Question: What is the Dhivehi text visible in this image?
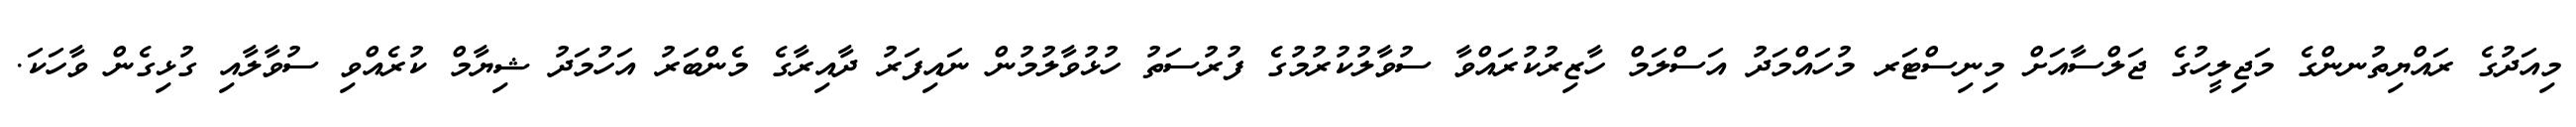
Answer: މިއަދުގެ ރައްޔިތުނންގެ މަޖިލީހުގެ ޖަލްސާއަށް މިނިސްޓަރ މުހައްމަދު އަސްލަމް ހާޒިރުކުރައްވާ ސުވާލުކުރުމުގެ ފުރުސަތު ހުޅުވާލުމުން ނައިފަރު ދާއިރާގެ މެންބަރު އަހުމަދު ޝިޔާމް ކުރެއްވި ސުވާލާއި ގުޅިގެން ވާހަކަ.